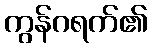
ကွန်ဂရက်၏